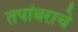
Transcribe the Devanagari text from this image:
तपांबराचे